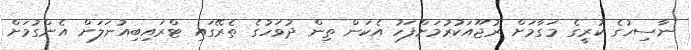
ނާސިހުގެ ކުރީގެ މަގާމަށް ރުޖޫއަކުރުމަށްފަހު އެކަން ތިން ދުވަހުގެ ތެރޭގައި ޓްރައިބިއުނަލަށް އެންގުމަށް